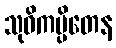
သုဝိကပ္ပိတေန